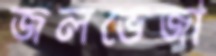
জলভেজা